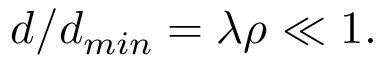
d / d _ { m i n } = \lambda \rho \ll 1 .